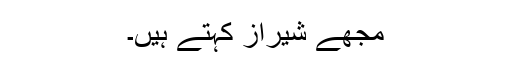
مجھے شیراز کہتے ہیں۔